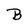
Character: B